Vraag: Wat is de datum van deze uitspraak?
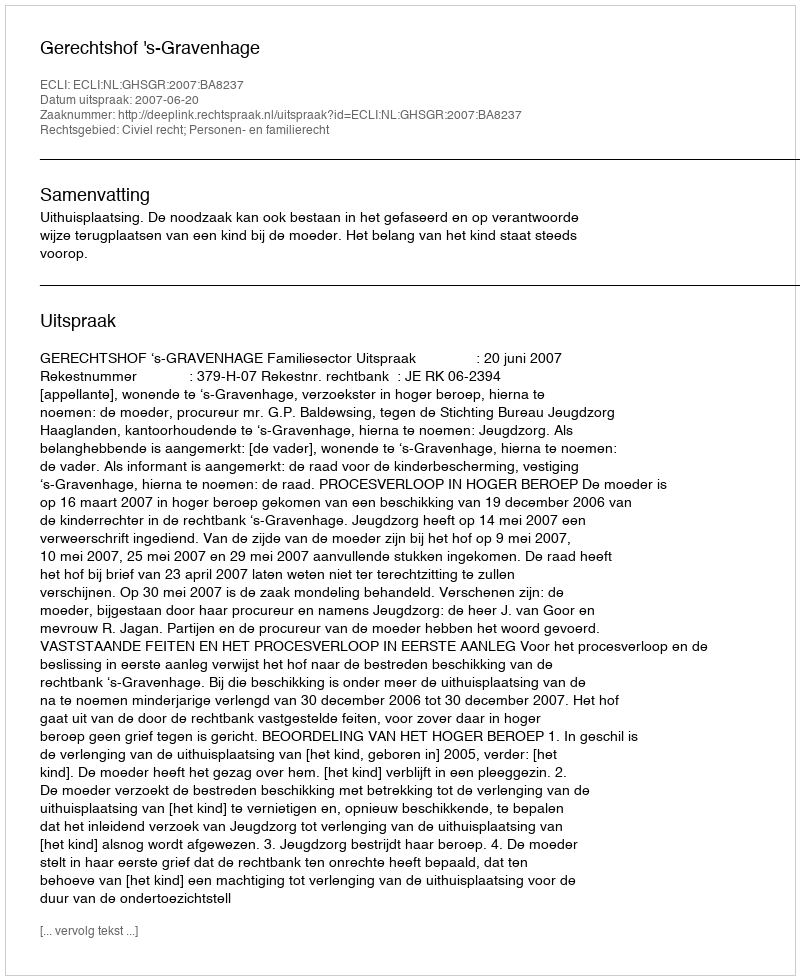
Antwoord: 2007-06-20